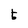
Character: 5